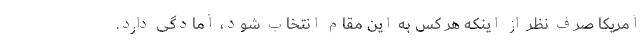
آمریکا صرف نظر از اینکه هر کس به این مقام انتخاب شود، آمادگی دارد.